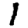
Digit: 1